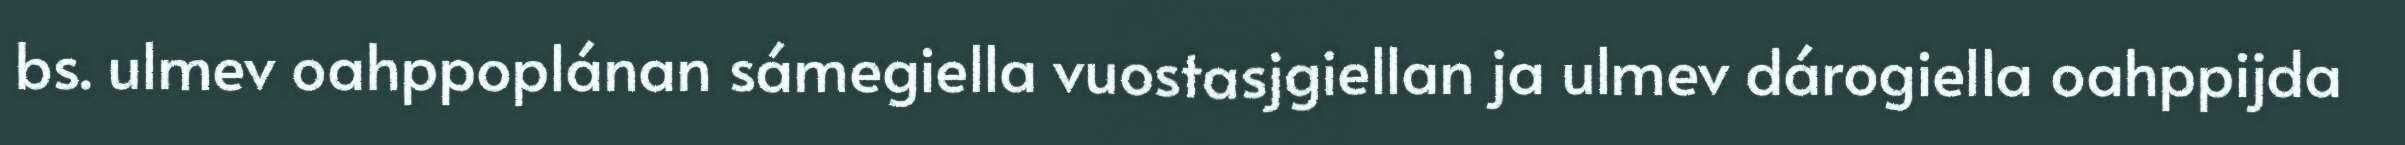
bs. ulmev oahppoplánan sámegiella vuostasjgiellan ja ulmev dárogiella oahppijda